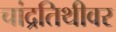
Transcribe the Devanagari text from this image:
चांद्रतिथीवर